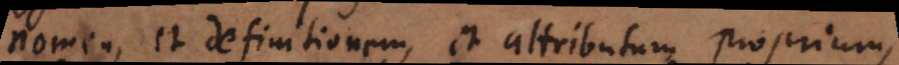
nomen, et definitionem, et attributum proprium,